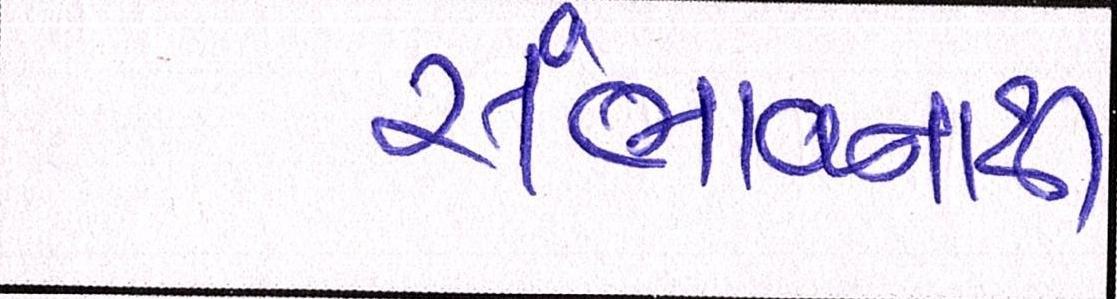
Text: સંભાવનાથી